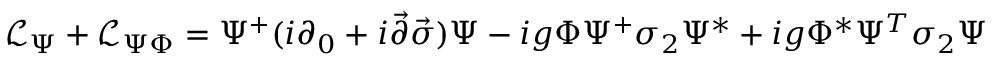
{ \mathcal { L } } _ { \Psi } + { \mathcal { L } } _ { \Psi \Phi } = \Psi ^ { + } ( i \partial _ { 0 } + i { \vec { \partial } } { \vec { \sigma } } ) \Psi - i g \Phi \Psi ^ { + } \sigma _ { 2 } \Psi ^ { * } + i g \Phi ^ { * } \Psi ^ { T } \sigma _ { 2 } \Psi